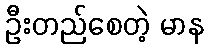
ဦးတည်စေတဲ့ မာန